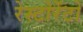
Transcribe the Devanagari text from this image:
रेस्टोरेंटो